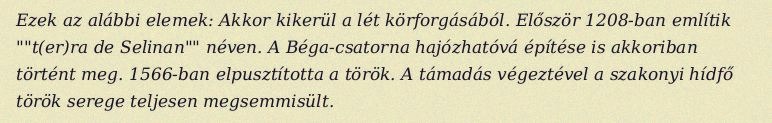
Ezek az alábbi elemek: Akkor kikerül a lét körforgásából. Először 1208-ban említik ""t(er)ra de Selinan"" néven. A Béga-csatorna hajózhatóvá építése is akkoriban történt meg. 1566-ban elpusztította a török. A támadás végeztével a szakonyi hídfő török serege teljesen megsemmisült.